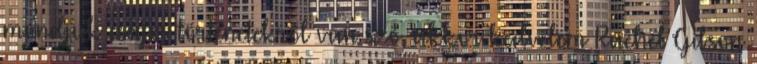
mondjuk csajos történetekről van szó, akkor kedvelem Rachel Gibson